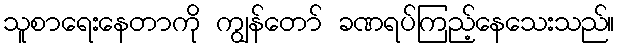
သူစာရေးနေတာကို ကျွန်တော် ခဏရပ်ကြည့်နေသေးသည်။